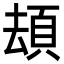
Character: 䪺